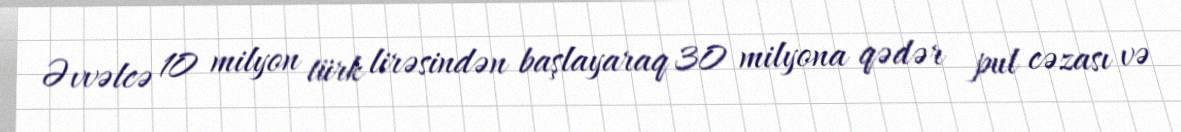
Əvvəlcə 10 milyon türk lirəsindən başlayaraq 30 milyona qədər pul cəzası və